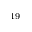
^ { 1 9 }